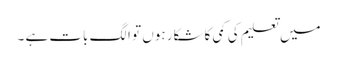
میں تعلیم کی کمی کا شکار ہوں تو الگ بات ہے ۔